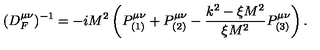
( D _ { F } ^ { \mu \nu } ) ^ { - 1 } = - i M ^ { 2 } \left( P _ { ( 1 ) } ^ { \mu \nu } + P _ { ( 2 ) } ^ { \mu \nu } - \frac { k ^ { 2 } - \xi M ^ { 2 } } { \xi M ^ { 2 } } P _ { ( 3 ) } ^ { \mu \nu } \right) .